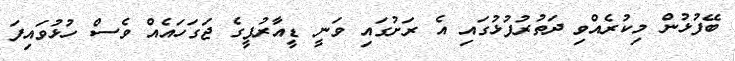
ބޭފުޅުން މިކުރެއްވި ދަތުރުފުޅުގައި އެ ރަށުގައި ވަނީ ޑީއާރުޕީގެ ޖަގަހައެއް ވެސް ހުޅުވައިފަ